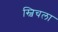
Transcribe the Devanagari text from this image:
स्विचला